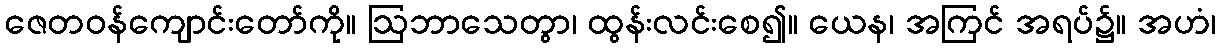
ဇေတဝန်ကျောင်းတော်ကို။ ဩဘာသေတွာ၊ ထွန်းလင်းစေ၍။ ယေန၊ အကြင် အရပ်၌။ အဟံ၊